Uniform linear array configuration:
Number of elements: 32
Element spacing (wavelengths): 1
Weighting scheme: exponential
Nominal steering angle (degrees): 30
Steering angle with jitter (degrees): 29.169
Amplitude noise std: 0.05
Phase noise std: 0.05

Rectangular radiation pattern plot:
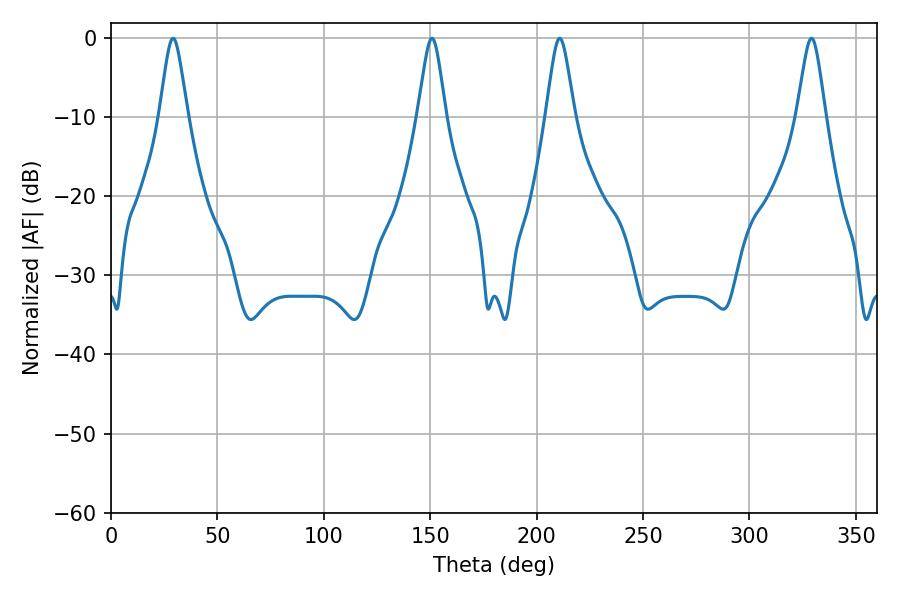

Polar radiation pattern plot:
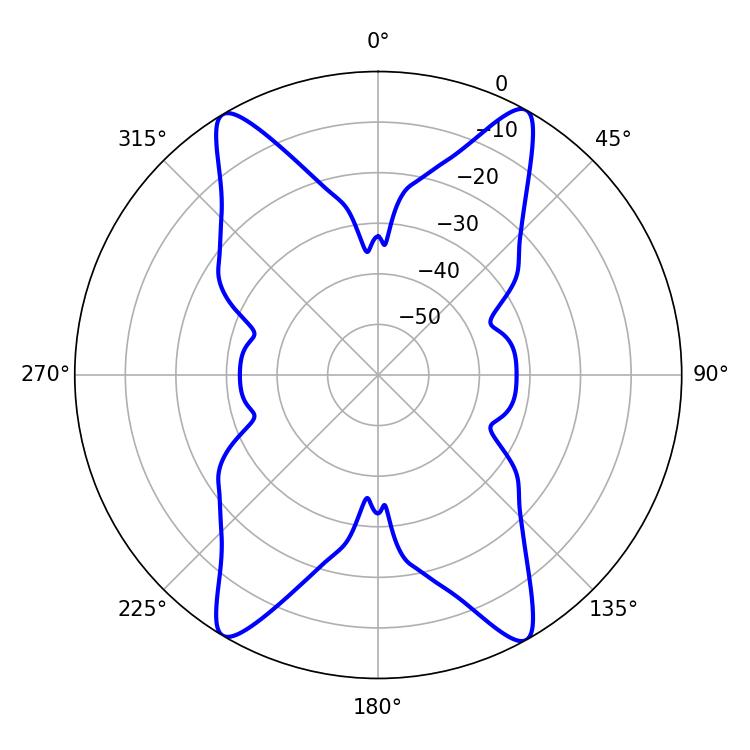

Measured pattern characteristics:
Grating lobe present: TRUE
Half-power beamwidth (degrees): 6.3
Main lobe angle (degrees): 29.16